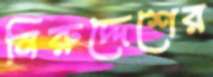
নিরুদ্দেশের